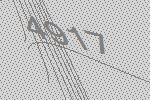
4917